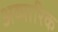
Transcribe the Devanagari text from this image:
अव्यारिक